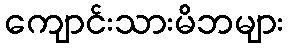
ကျောင်းသားမိဘများ